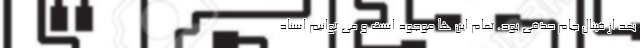
بعد از فینال جام حذفی بود. تمام این ها موجود است و می توانیم اسناد